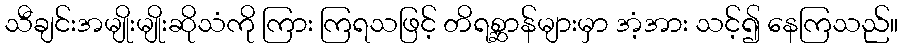
သီချင်းအမျိုးမျိုးဆိုသံကို ကြား ကြရသဖြင့် တိရစ္ဆာန်များမှာ အံ့အား သင့်၍ နေကြသည်။